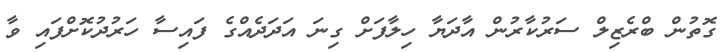
ގޮތުން ބްރެޒިލް ސަރުކާރުން އާދަޔާ ހިލާފަށް ގިނަ އަދަދެއްގެ ފައިސާ ހަރުދުކޮށްފައި ވާ